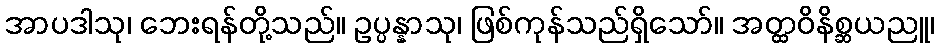
အာပဒါသု၊ ဘေးရန်တို့သည်။ ဥပ္ပန္နာသု၊ ဖြစ်ကုန်သည်ရှိသော်။ အတ္ထဝိနိစ္ဆယညူ၊